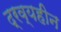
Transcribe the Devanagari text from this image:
द्रव्यहीन